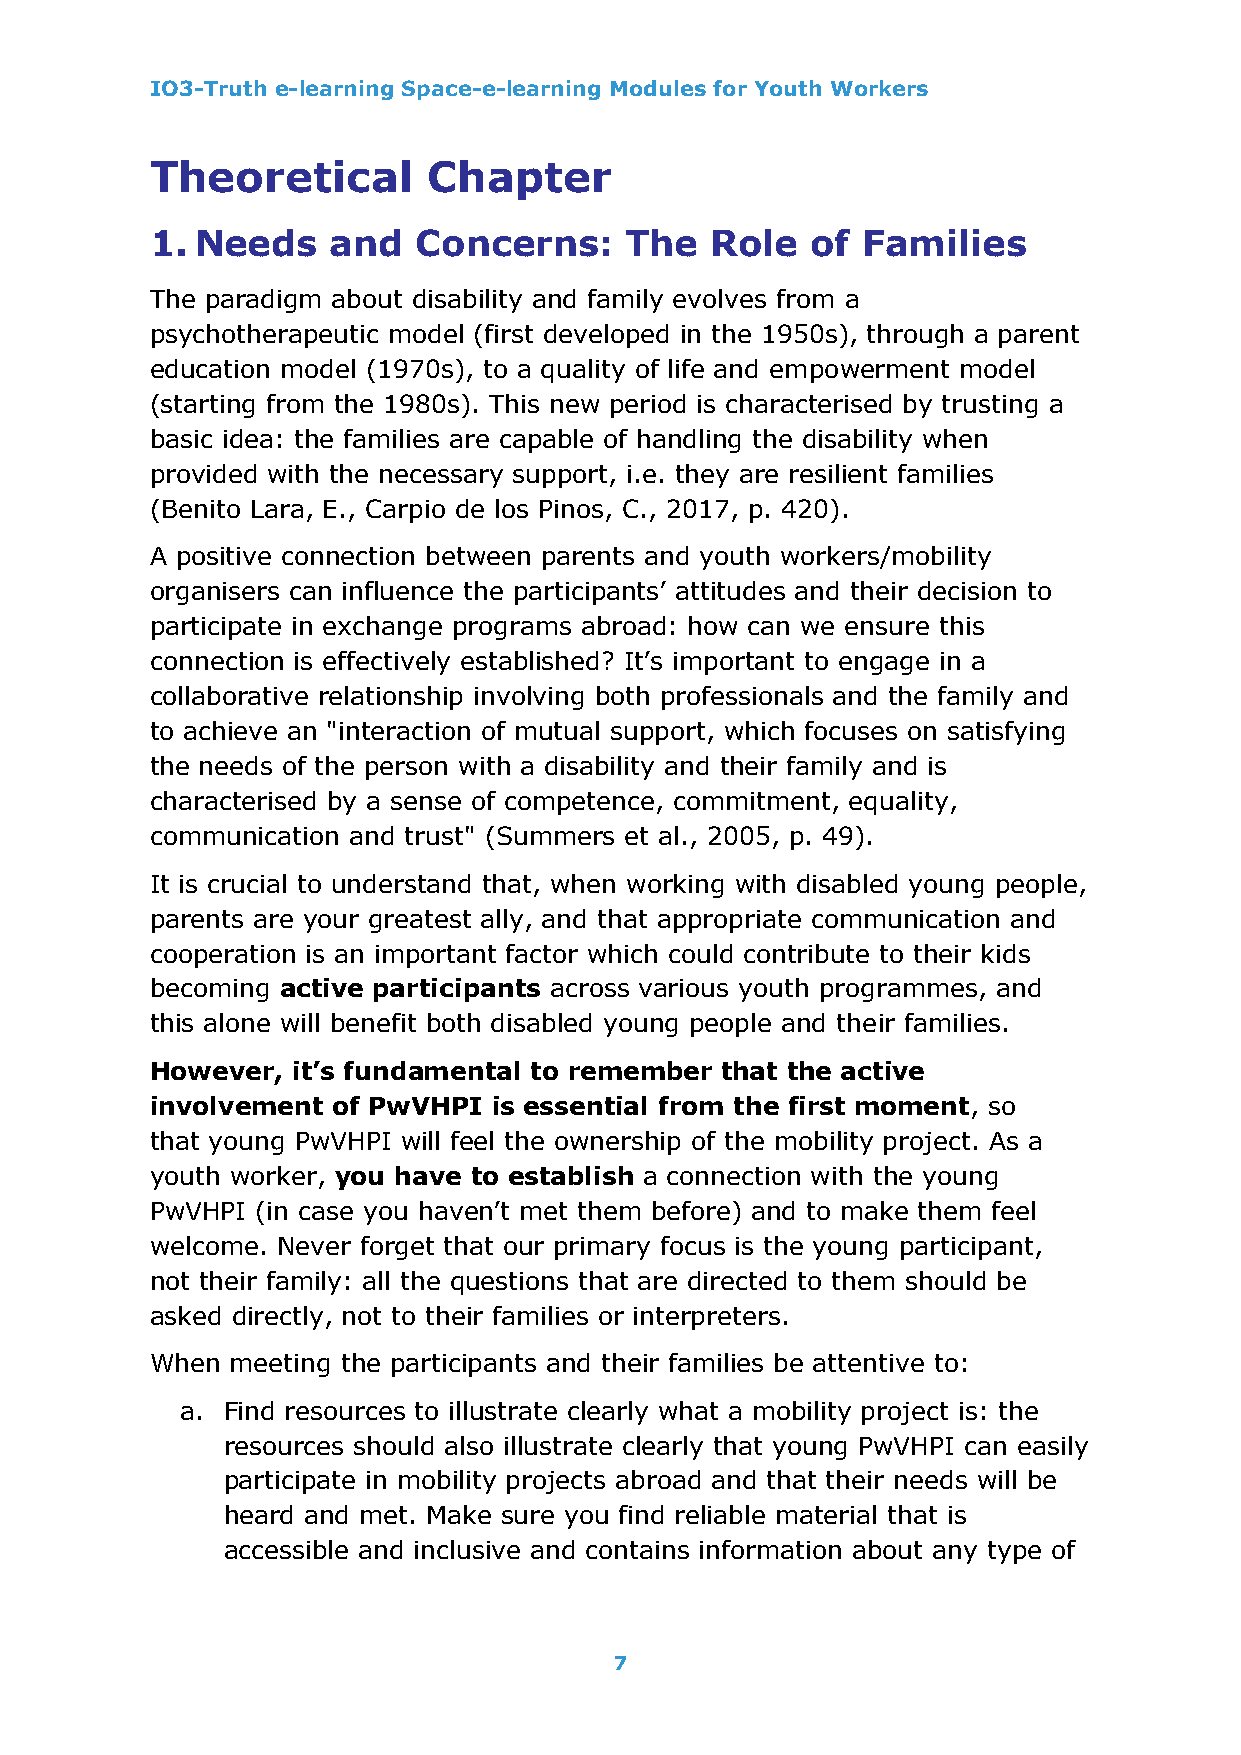
IO3-Truth e-learning Space-e-learning Modules for Youth Workers
 Theoretical       Chapter
 1. Needs    and  Concerns:     The   Role   of Families
 The paradigm about disability and family evolves from a
 psychotherapeutic model (first developed in the 1950s), through a parent
 education model (1970s), to a quality of life and empowerment model
 (starting from the 1980s). This new period is characterised by trusting a
 basic idea: the families are capable of handling the disability when
 provided with the necessary support, i.e. they are resilient families
 (Benito Lara, E., Carpio de los Pinos, C., 2017, p. 420).
 A positive connection between parents and youth workers/mobility
 organisers can influence the participants’ attitudes and their decision to
 participate in exchange programs abroad: how can we ensure this
 connection is effectively established? It’s important to engage in a
 collaborative relationship involving both professionals and the family and
 to achieve an "interaction of mutual support, which focuses on satisfying
 the needs of the person with a disability and their family and is
 characterised by a sense of competence, commitment, equality,
 communication and trust" (Summers et al., 2005, p. 49).
 It is crucial to understand that, when working with disabled young people,
 parents are your greatest ally, and that appropriate communication and
 cooperation is an important factor which could contribute to their kids
 becoming active participants across various youth programmes, and
 this alone will benefit both disabled young people and their families.
 However, it’s fundamental to remember that the active
 involvement of PwVHPI  is essential from the first moment, so
 that young PwVHPI will feel the ownership of the mobility project. As a
 youth worker, you have to establish a connection with the young
 PwVHPI (in case you haven’t met them before) and to make them feel
 welcome. Never forget that our primary focus is the young participant,
 not their family: all the questions that are directed to them should be
 asked directly, not to their families or interpreters.
 When meeting the participants and their families be attentive to:
 a. Find resources to illustrate clearly what a mobility project is: the
 resources should also illustrate clearly that young PwVHPI can easily
 participate in mobility projects abroad and that their needs will be
 heard and met. Make sure you find reliable material that is
 accessible and inclusive and contains information about any type of
 7